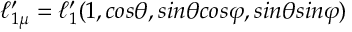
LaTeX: \ell _ { 1 \mu } ^ { \prime } = \ell _ { 1 } ^ { \prime } ( 1 , c o s \theta , s i n \theta c o s \varphi , s i n \theta s i n \varphi )